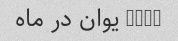
2500 یوان در ماه